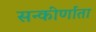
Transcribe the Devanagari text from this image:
सन्कीर्णाता